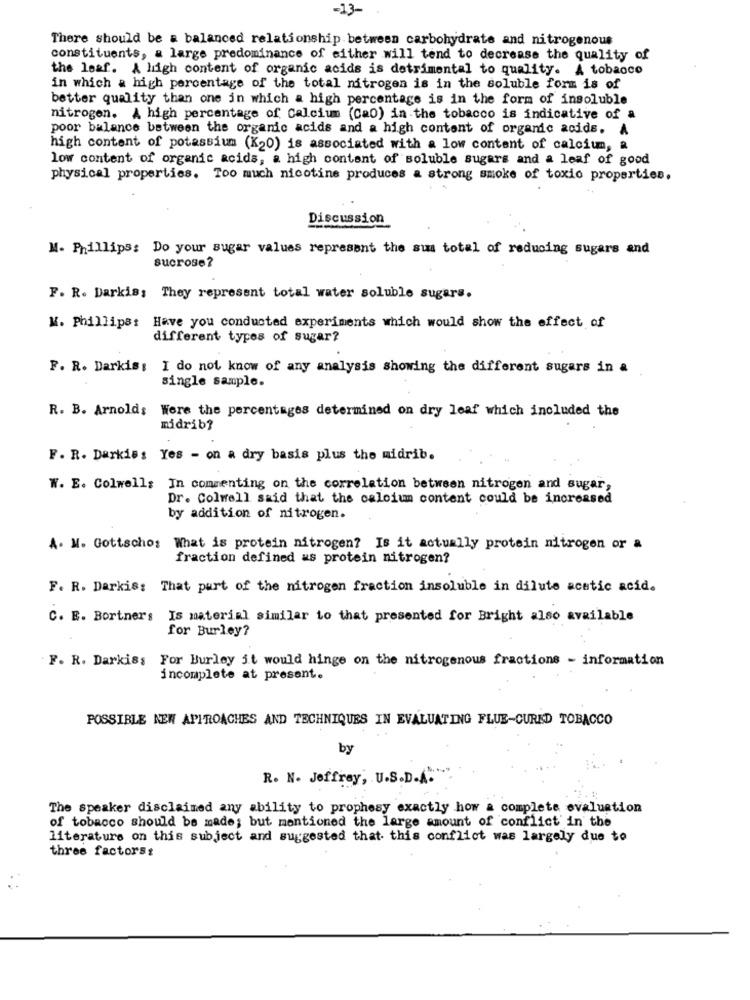
-13-
There should be a balanced relationship between carbohydrate and nitrogenous
constituents, a large predominance of either will tend to decrease the quality of
the leaf. A high content of organic acids is detrimental to quality. A tobaoco
in which a high percentage of the total nitrogen is in the soluble form is of
better quality than one in which a high percentage is in the form of insoluble
nitrogen. A high percentage of Calcium (Cao) in the tobacco is indicative of a
poor balance between the organic acids and a high content of organic acids. A
high content of potassium (K20) is associated with a low content of calcium, a
low content of organic acids, a high content of soluble sugars and a leaf of good
physical properties. Too much nicotine produces a strong smoke of toxic properties.
Discussion
M. Phillips: Do your sugar values represent the sus total of reducing sugars and
sucrose?
F. R. Darkis; They represent total water soluble sugars.
M. Phillips: Have you conducted experiments which would show the effect of
different types of sugar?
F. R. Darkis: I do not know of any analysis showing the different sugars in a
single sample.
R. B. Arnolds Were the percentages determined on dry leaf which included the
midrib?
F. R. Darkis : Yes - on a dry basis plus the midrib.
W. E. Colwell; In commenting on the correlation between nitrogen and sugar,
Dr. Colwell said that the calcium content could be increased
by addition of nitrogen.
A. M. Gottscho: What is protein nitrogen? Is it actually protein nitrogen or a
fraction defined as protein nitrogen?
F. R. Darkis: That part of the nitrogen fraction insoluble in dilute acetic acid.
C. E. Bortners Is material similar to that presented for Bright also available
for Burley?
F. R. Darkiss For Burley it would hinge on the nitrogenous fractions - information
incomplete at present.
POSSIBLE NEW APPROACHES AND TECHNIQUES IN EVALUATING FLUE-CURED TOBACCO
by
R. N. Jeffrey, U.S.D.A.
The speaker disclaimed any ability to prophesy exactly how a complete evaluation
of tobacco should be made; but mentioned the large amount of conflict in the
literature on this subject and suggested that this conflict was largely due to
three factors: